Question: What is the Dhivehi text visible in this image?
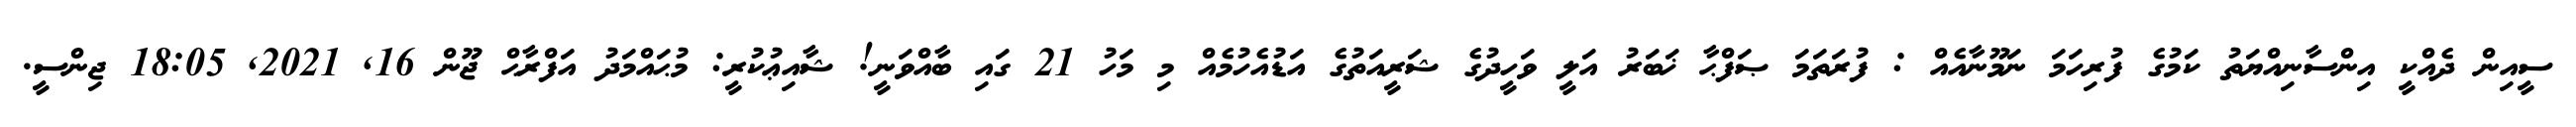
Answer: ސީއިން ދެއްކީ އިންސާނިއްޔަތު ކަމުގެ ފުރިހަމަ ނަމޫނާއެއް : ފުރަތަމަ ޞަފްޙާ ޚަބަރު އަލީ ވަހީދުގެ ޝަރީއަތުގެ އަޑުއެހުމެއް މި މަހު 21 ގައި ބާއްވަނީ! ޝާއިޢުކުރީ: މުޙައްމަދު އަފްރާޙް ޖޫން 16, 2021, 18:05 ޖިންސީ.